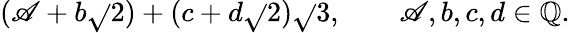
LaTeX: (\mathscr{A}+b{\sqrt{}{{2}}})+(c+d{\sqrt{}{{2}}}){\sqrt{}{{3}}},\qquad\mathscr{A},b,c,d\in\mathbb{{Q}}.